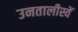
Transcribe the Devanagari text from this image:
उनतालीस्वें